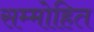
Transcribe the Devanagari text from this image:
सम्‍मोहित